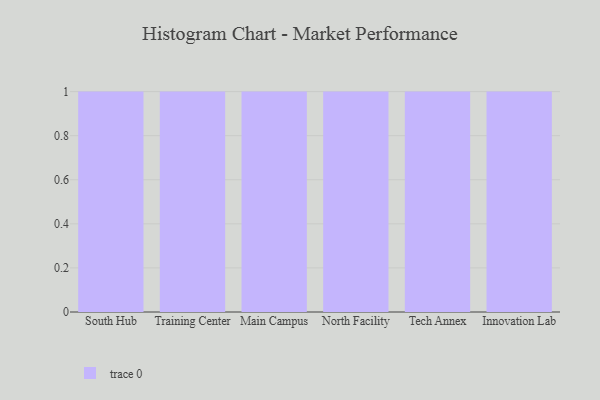
{"axis": {"x": "Campus", "y": "Population (Million)"}, "legend": [""], "data": [{"x": "South Hub", "y": 86, "type": ""}, {"x": "Training Center", "y": 77, "type": ""}, {"x": "Main Campus", "y": 41, "type": ""}, {"x": "North Facility", "y": 76, "type": ""}, {"x": "Tech Annex", "y": 55, "type": ""}, {"x": "Innovation Lab", "y": 79, "type": ""}]}